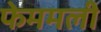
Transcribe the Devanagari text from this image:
फेममली